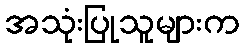
အသုံးပြုသူများက